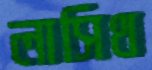
লাসিথ